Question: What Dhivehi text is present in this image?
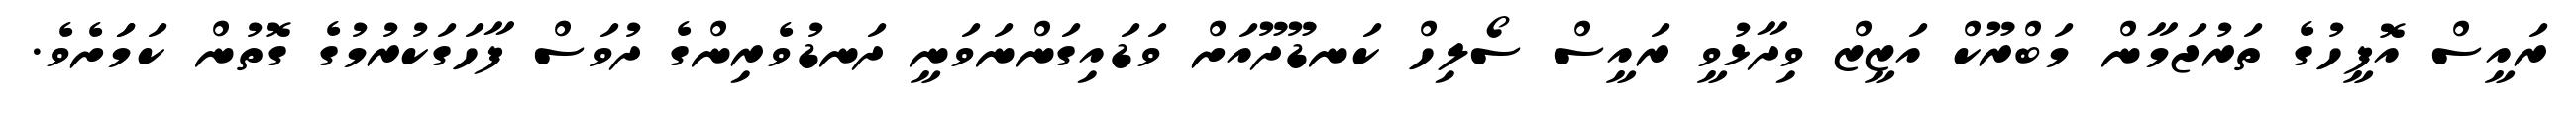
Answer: ރައީސް އޮފީހުގެ ތަރުޖަމާން މަބްރޫކް އަޒީޒް ވިދާޅުވީ ރައީސް ސޯލިހް ކަނޑޫދޫއަށް ވަޑައިގަންނަވަނީ ދަނޑުވެރިންގެ ދުވަސް ފާހަގަކުރުމުގެ ގޮތުން ކަމަަށެވެ.